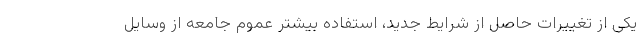
یکی از تغییرات حاصل از شرایط جدید، استفاده بیشتر عموم جامعه از وسایل